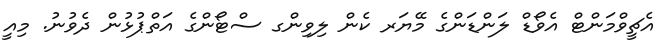
އެޗީވްމަންޓް އެވޯޑް ލަންޑަންގެ މޭޔަރ ކެން ލިވިންގ ސްޓޯންގެ އަތްޕުޅުން ދެވުނު. މިއީ